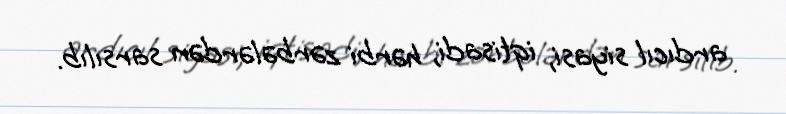
ardıcıl siyasi, iqtisadi, hərbi zərbələrdən sarsılıb.